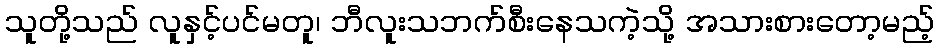
သူတို့သည် လူနှင့်ပင်မတူ၊ ဘီလူးသဘက်စီးနေသကဲ့သို့ အသားစားတော့မည့်